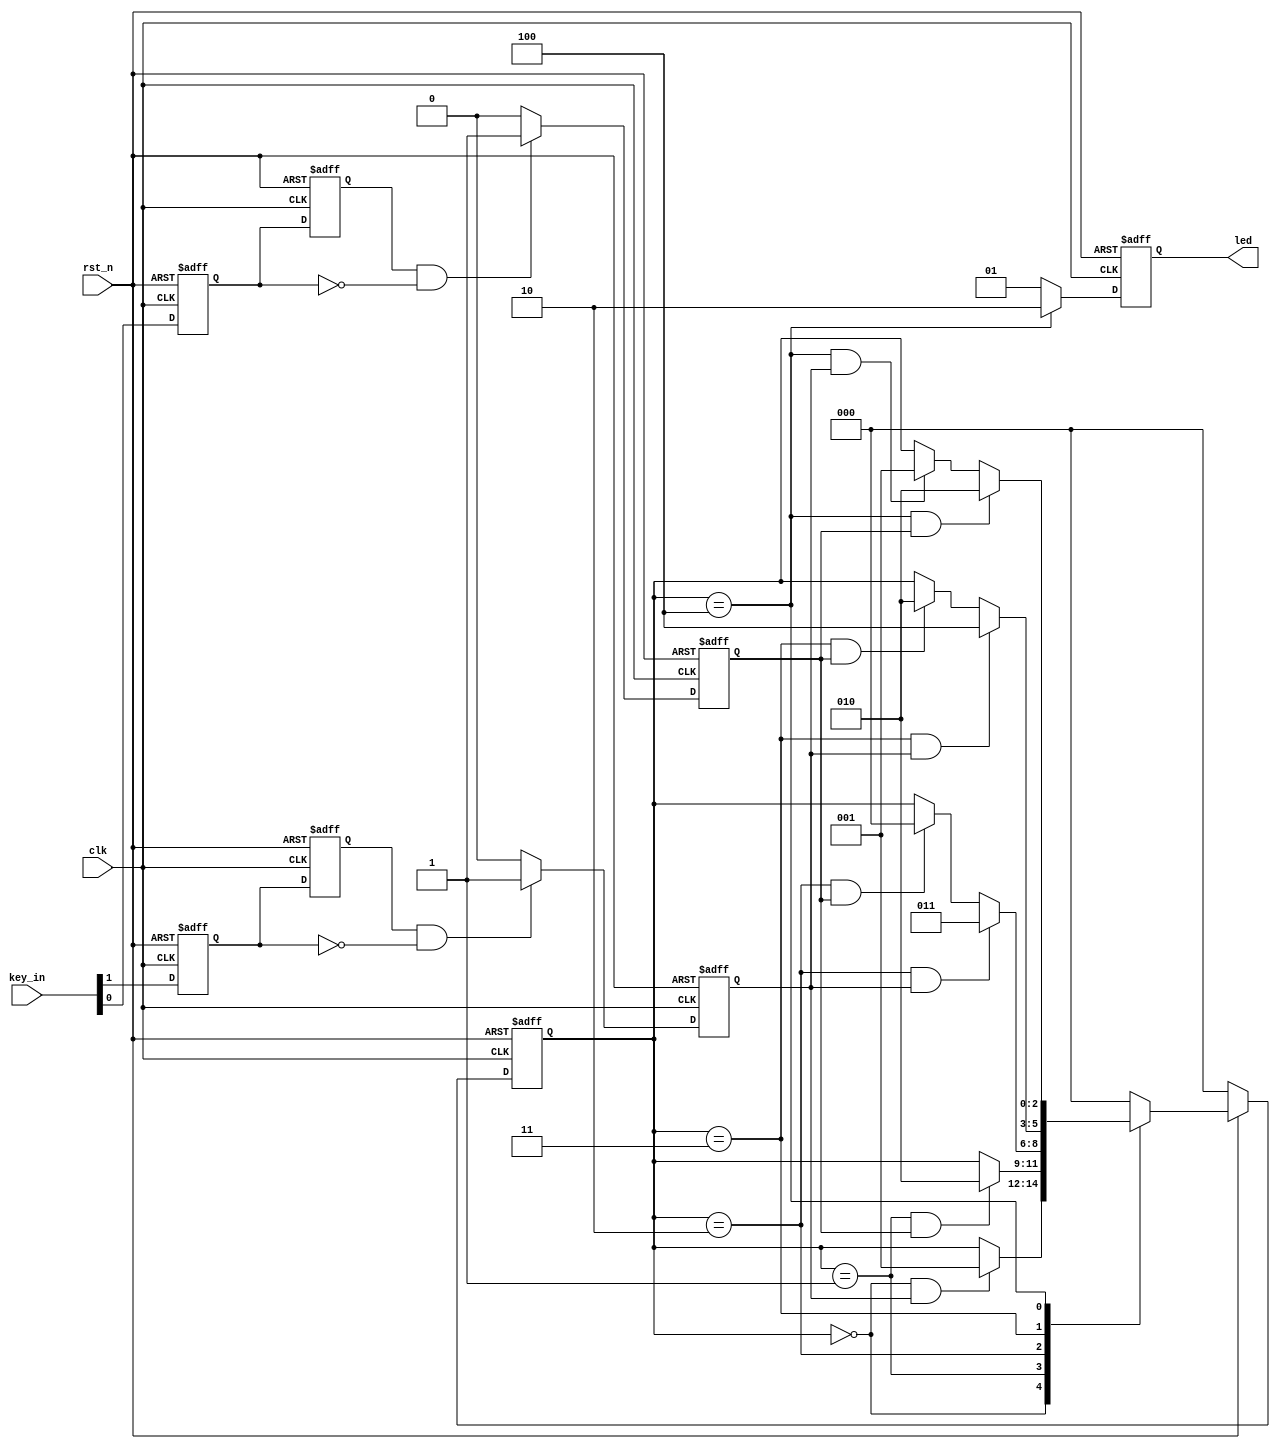
`timescale 1ns / 1ps
//////////////////////////////////////////////////////////////////////////////////
// Company: 
// Engineer: 
// 
// Design Name: 
// Module Name: jianceji
// Project Name: 
// Target Devices: 
// Tool Versions: 
// Description: 
// 
// Dependencies: 
// 
// Revision:
// Revision 0.01 - File Created
// Additional Comments:
// 
//////////////////////////////////////////////////////////////////////////////////


module jianceji(
    clk    ,
    rst_n  ,
    key_in ,
    
    led
    );
    //
    input               clk    ;
    input               rst_n  ;
    input [1:0]         key_in ;

    //
    output [1:0]         led    ;

    //reg
    reg    [1:0]         led    ;

    //
    reg                 key0   ;
    reg                 key_0  ;
    reg                 key1   ;
    reg                 key_1  ;
    reg                 key_done0   ;
    reg                 key_done1   ;
    reg [2:0]           state_c;
    reg [2:0]           state_n;
    
    wire                s0_2_s1 ;
    wire                s1_2_s2 ;
    wire                s2_2_s3 ;
    wire                s2_2_s0 ;
    wire                s3_2_s4 ;
    wire                s3_2_s2 ;
    wire                s4_2_s2 ;
    wire                s4_2_s1 ;
    
    //
    parameter      S0 =  0     ;
    parameter      S1 =  1     ;
    parameter      S2 =  2     ;
    parameter      S3 =  3     ;
    parameter      S4 =  4     ;
    //0
    always@(posedge clk or negedge rst_n)begin
        if(rst_n==1'b0)begin
            key0 <= 1;
            key_0 <= 1;
        end
        else begin
            key0 <= key_in[0];
            key_0 <= key0;
        end
    end
    //0
    always  @(posedge clk or negedge rst_n)begin
        if(rst_n==1'b0)begin
            key_done0 <= 0;
        end
        else if(key_0==1 && key0==0)begin
            key_done0 <= 1;
        end
        else begin 
            key_done0 <= 0;
        end
    end

    //1
    always@(posedge clk or negedge rst_n)begin
        if(rst_n==1'b0)begin
            key1 <= 1;
            key_1 <= 1;
        end
        else begin
            key1 <= key_in[1];
            key_1 <= key1;
        end
    end
    //1
    always  @(posedge clk or negedge rst_n)begin
        if(rst_n==1'b0)begin
            key_done1 <= 0;
        end
        else if(key_1==1 && key1==0)begin
            key_done1 <= 1;
        end
        else begin 
            key_done1 <= 0;
        end
    end

    //
    always@(posedge clk or negedge rst_n)begin
        if(!rst_n)begin
            state_c <= S0;
        end
        else begin
            state_c <= state_n;
        end
    end

    //always
    always@(*)begin
        if(!rst_n)begin 
            state_n = S0;
        end
        else begin
            case(state_c)
                S0:begin
                    if(s0_2_s1)begin
                        state_n = S1;
                    end
                    else begin
                        state_n = state_c;
                    end
                end
                S1:begin
                    if(s1_2_s2)begin
                        state_n = S2;
                    end
                    else begin
                        state_n = state_c;
                    end
                end
                S2:begin
                    if(s2_2_s3)begin
                        state_n = S3;
                    end
                    else if(s2_2_s0)begin
                        state_n = S0;
                    end
                    else begin
                        state_n = state_c;
                    end
                end
                S3:begin
                    if(s3_2_s4)begin
                        state_n = S4;
                    end
                    else if(s3_2_s2)begin
                        state_n = S2;
                    end
                    else begin
                        state_n = state_c;
                    end
                end
                S4:begin 
                    if(s4_2_s2)begin
                        state_n = S2;
                    end  
                    else if(s4_2_s1)begin
                        state_n = S1;
                    end
                    else begin   
                        state_n = state_c;   
                    end 
                end
                default:begin
                    state_n = S0;
                end
            endcase
        end
    end
    //
    assign s0_2_s1  = state_c==S0 && key_done1==1;
    assign s1_2_s2  = state_c==S1 && key_done0==1;
    assign s2_2_s3  = state_c==S2 && key_done1==1;
    assign s2_2_s0  = state_c==S2 && key_done0==1;
    assign s3_2_s4  = state_c==S3 && key_done1==1;
    assign s3_2_s2  = state_c==S3 && key_done0==1;
    assign s4_2_s2  = state_c==S4 && key_done0==1;
    assign s4_2_s1  = state_c==S4 && key_done1==1;

    always  @(posedge clk or negedge rst_n)begin
        if(!rst_n)begin
            led <=1'b0;     //
        end
        else if(state_c==S4)begin
            led <= 2'b10;
        end
        else begin
            led <= 2'b01;
        end
    end

endmodule